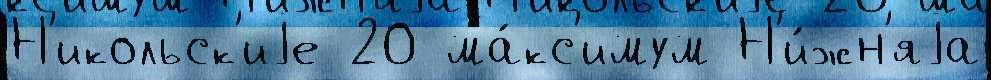
Н'икольск'иjе 20 ма́кс'имум Н'и́жн'яjа